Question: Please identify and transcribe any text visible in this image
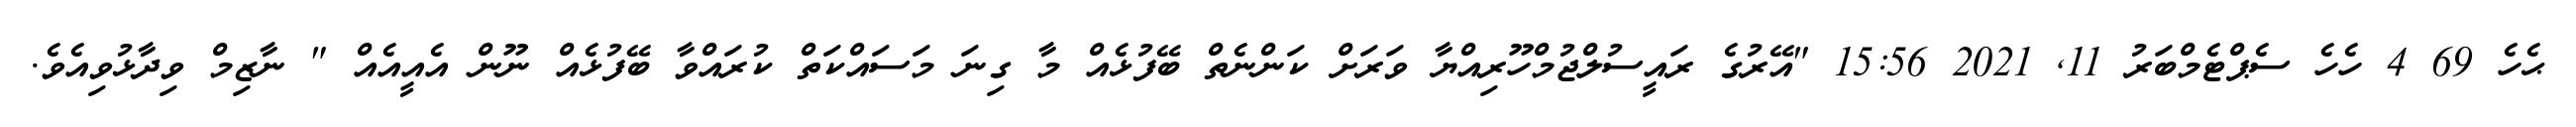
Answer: ޙެހެ 69 4 ހެހެ ސެޕްޓެމްބަރު 11, 2021 15:56 "އޭރުގެ ރައީސުލްޖުމްހޫރިއްޔާ ވަރަށް ކަންނެތް ބޭފުޅެއް މާ ގިނަ މަސައްކަތް ކުރައްވާ ބޭފުޅެއް ނޫން އެއީއެއް " ނާޒިމް ވިދާޅުވިއެވެ.